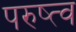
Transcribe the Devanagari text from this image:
परुष्त्व